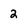
Character: 2